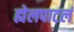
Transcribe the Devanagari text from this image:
ह्येलपाटलं